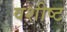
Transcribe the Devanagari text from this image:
वशीष्ट